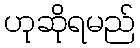
ဟုဆိုရမည်